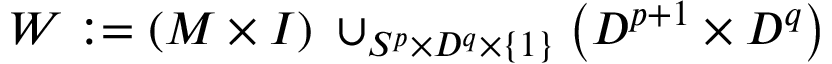
W : = ( M \times I ) \; \cup _ { S ^ { p } \times D ^ { q } \times \{ 1 \} } \left( D ^ { p + 1 } \times D ^ { q } \right)